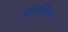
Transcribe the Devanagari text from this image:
मेंटलिज्म